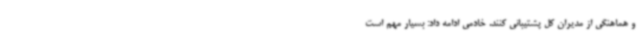
و هماهنگی از مدیران کل پشتیبانی کنند. خادمی ادامه داد: بسیار مهم است